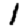
Digit: 1